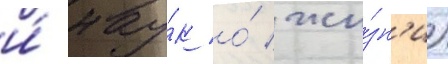
и́ нау́к о́ жи́зн'и)